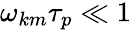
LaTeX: \begin{array}{r}{\omega_{km}\tau_{p}\ll 1}\end{array}